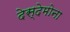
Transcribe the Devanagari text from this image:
देस्देमोना